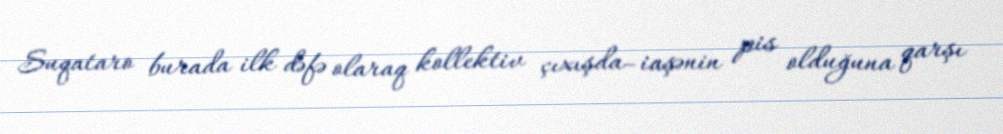
Suqataro burada ilk dəfə olaraq kollektiv çıxışda–iaşənin pis olduğuna qarşı